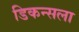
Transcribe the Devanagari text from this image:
डिकन्सला